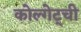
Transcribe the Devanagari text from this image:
कोल्गेट्ची